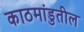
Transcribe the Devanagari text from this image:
काठमांडुतील